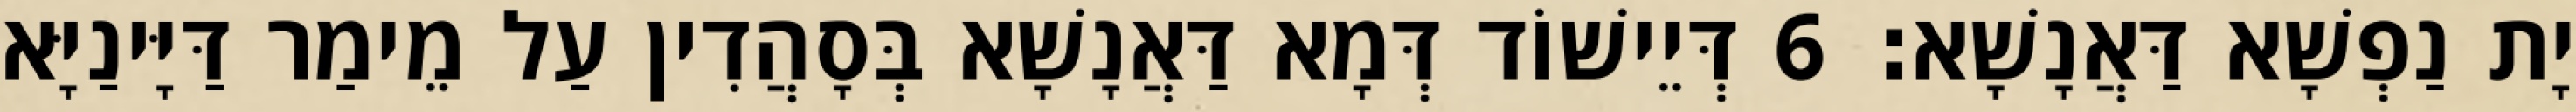
יָת נַפְשָׁא דַּאֲנָשָׁא׃ 6 דְּיֵישׁוֹד דְּמָא דַּאֲנָשָׁא בְּסָהֲדִין עַל מֵימַר דַּיָּינַיָּא